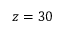
z = 3 0